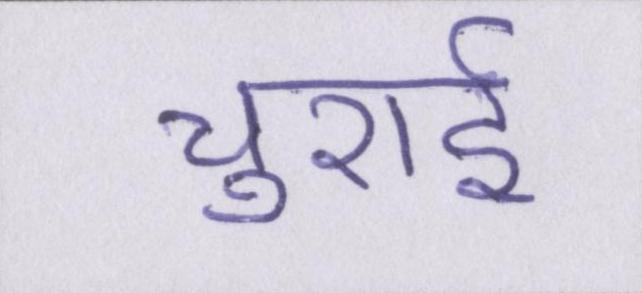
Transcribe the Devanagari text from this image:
चुराई